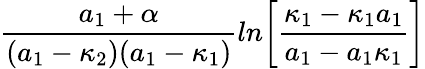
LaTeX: {\frac{a_{1}+\alpha}{(a_{1}-\kappa_{2})(a_{1}-\kappa_{1})}}ln\biggl[{\frac{\kappa_{1}-\kappa_{1}a_{1}}{a_{1}-a_{1}\kappa_{1}}}\biggr]